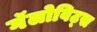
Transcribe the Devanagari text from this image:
गॅलोविट्स